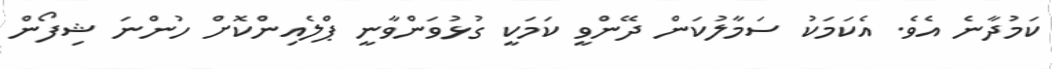
ކަމުދާނެ އެވެ. އެކަމަކު ސަމާލުކަން ދޭންވީ ކަމަކީ ގުޅުވަންވާނީ ޕްލެއިންކޮށް ހުންނަ ޝިފޯން